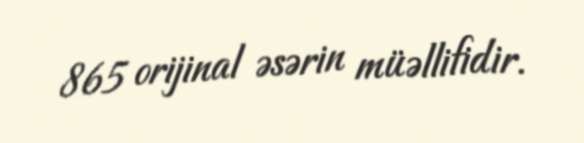
865 orijinal əsərin müəllifidir.